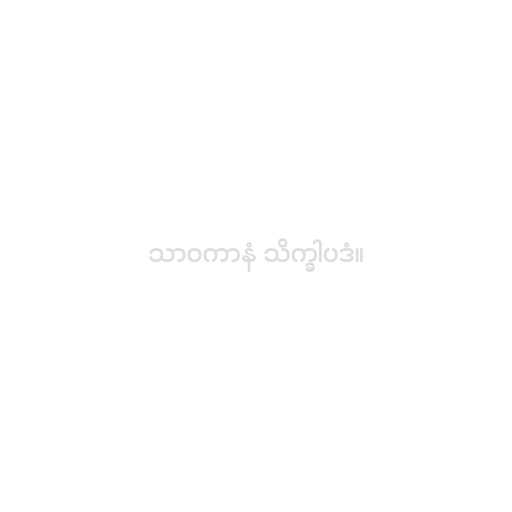
သာဝကာနံ သိက္ခါပဒံ။